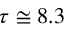
\tau \cong 8 . 3